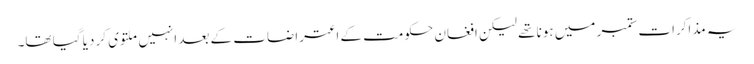
یہ مذاکرات ستمبر میں ہونا تھے لیکن افغان حکومت کے اعتراضات کے بعد انہیں ملتوی کر دیا گیا تھا۔